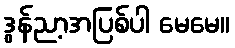
ဒွန်ညာ့အပြစ်ပါ မေမေ။